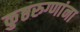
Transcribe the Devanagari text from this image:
कुष्ठरुग्णांना